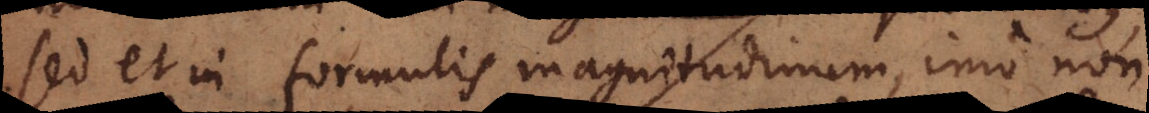
sed et in formulis magnitudinum, imo non